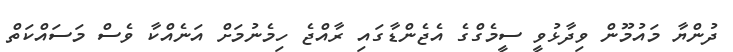
ދުންޔާ މައުމޫން ވިދާޅުވީ ސީމެގްގެ އެޖެންޑާގައި ރާއްޖެ ހިމެނުމަށް އަނެއްކާ ވެސް މަސައްކަތް